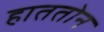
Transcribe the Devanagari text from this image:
हाततोन